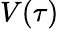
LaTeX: V(\tau)